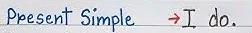
Present Simple     -> I do.